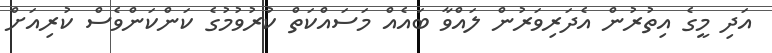
އަދި މީގެ އިތުރުން އެދަރިވަރުން ލައްވާ ބައެއް މަސައްކަތް ކުރުވުމުގެ ކަންކަންވެސް ކުރިއަށް